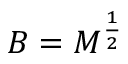
B = M ^ { \frac { 1 } { 2 } }